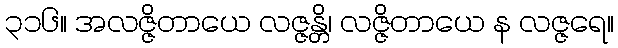
၃၁၆။ အလဇ္ဇိတာယေ လဇ္ဇန္တိ၊ လဇ္ဇိတာယေ န လဇ္ဇရေ။